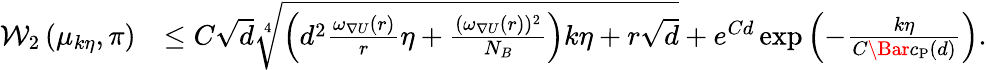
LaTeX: \begin{array}{rl}{\mathcal{W}_{2}\left(\mu_{k\eta},\pi\right)}&{\le C\sqrt{d}\sqrt[4]{\left(d^{2}\frac{\omega_{\nabla U}(r)}{r}\eta+\frac{(\omega_{\nabla U}(r))^{2}}{N_{B}}\right)k\eta+r\sqrt{d}}+e^{Cd}\exp\left(-\frac{k\eta}{C\Bar{c}_{\mathrm{P}}(d)}\right).}\end{array}